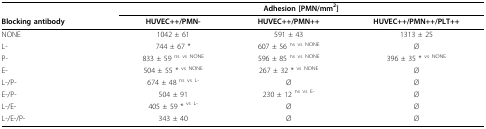
<table><thead><tr><td></td><td colspan="3"><b>Adhesion [PMN/mm<sup>2</sup>]</b></td></tr><tr><td><b>Blocking antibody</b></td><td><b>HUVEC++/PMN-</b></td><td><b>HUVEC++/PMN++</b></td><td><b>HUVEC++/PMN++/PLT++</b></td></tr></thead><tbody><tr><td>NONE</td><td>1042 ± 61</td><td>591 ± 43</td><td>1313 ± 25</td></tr><tr><td>L-</td><td>744 ± 67 *</td><td>607 ± 56 <sup>ns vs NONE</sup></td><td>Ø</td></tr><tr><td>P-</td><td>833 ± 59 <sup>ns vs NONE</sup></td><td>596 ± 85 <sup>ns vs NONE</sup></td><td>396 ± 35 * <sup>vs NONE</sup></td></tr><tr><td>E-</td><td>504 ± 55 * <sup>vs NONE</sup></td><td>267 ± 32 * <sup>vs NONE</sup></td><td>Ø</td></tr><tr><td>L-/P-</td><td>674 ± 48 <sup>ns vs L-</sup></td><td>Ø</td><td>Ø</td></tr><tr><td>E-/P-</td><td>504 ± 91</td><td>230 ± 12 <sup>ns vs E-</sup></td><td>Ø</td></tr><tr><td>L-/E-</td><td>405 ± 59 * <sup>vs L-</sup></td><td>Ø</td><td>Ø</td></tr><tr><td>L-/E-/P-</td><td>343 ± 40</td><td>Ø</td><td>Ø</td></tr></tbody></table>